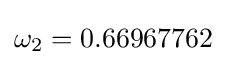
\omega _{2}=0.66967762